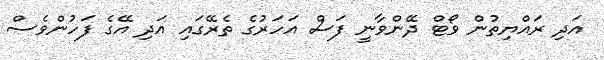
އަދި ރައްޔިތުން ވޯޓް ދޭންވާނީ ފަސް އަހަރުގެ ތެރޭގައި އަދި އޭގެ ފަހުންވެސް